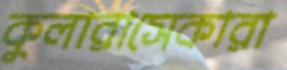
কুলারাসেকারা